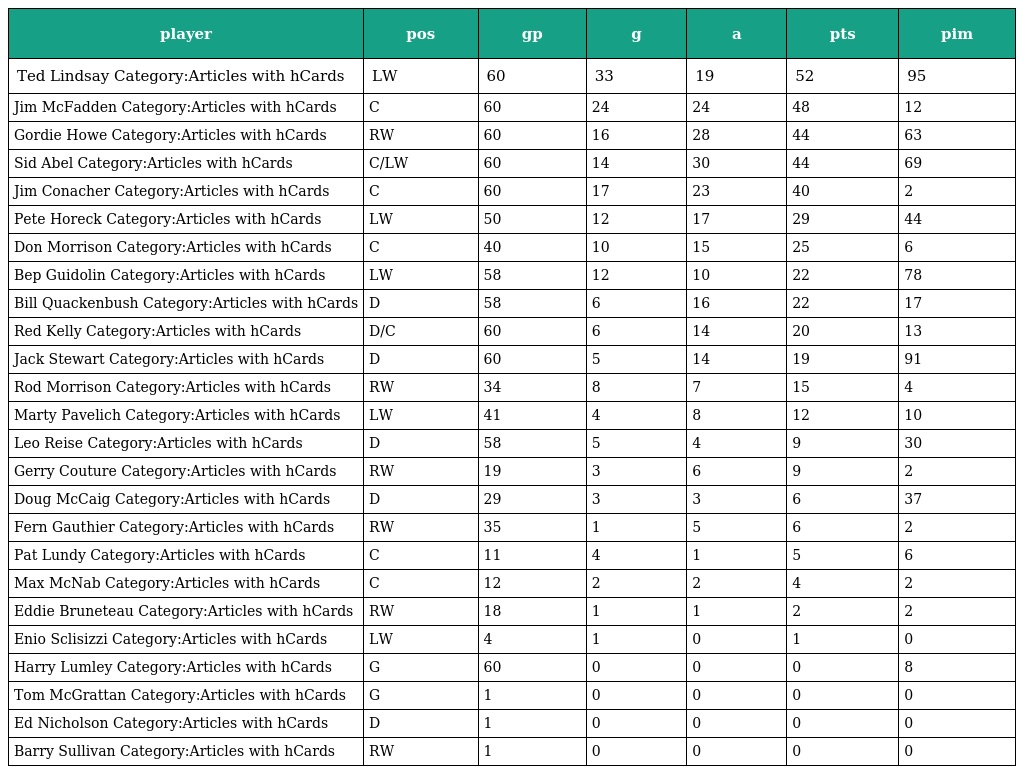
| player | pos | gp | g | a | pts | pim |
 | --- | --- | --- | --- | --- | --- | --- |
 | Ted Lindsay Category:Articles with hCards | LW | 60 | 33 | 19 | 52 | 95 |
 | Jim McFadden Category:Articles with hCards | C | 60 | 24 | 24 | 48 | 12 |
 | Gordie Howe Category:Articles with hCards | RW | 60 | 16 | 28 | 44 | 63 |
 | Sid Abel Category:Articles with hCards | C/LW | 60 | 14 | 30 | 44 | 69 |
 | Jim Conacher Category:Articles with hCards | C | 60 | 17 | 23 | 40 | 2 |
 | Pete Horeck Category:Articles with hCards | LW | 50 | 12 | 17 | 29 | 44 |
 | Don Morrison Category:Articles with hCards | C | 40 | 10 | 15 | 25 | 6 |
 | Bep Guidolin Category:Articles with hCards | LW | 58 | 12 | 10 | 22 | 78 |
 | Bill Quackenbush Category:Articles with hCards | D | 58 | 6 | 16 | 22 | 17 |
 | Red Kelly Category:Articles with hCards | D/C | 60 | 6 | 14 | 20 | 13 |
 | Jack Stewart Category:Articles with hCards | D | 60 | 5 | 14 | 19 | 91 |
 | Rod Morrison Category:Articles with hCards | RW | 34 | 8 | 7 | 15 | 4 |
 | Marty Pavelich Category:Articles with hCards | LW | 41 | 4 | 8 | 12 | 10 |
 | Leo Reise Category:Articles with hCards | D | 58 | 5 | 4 | 9 | 30 |
 | Gerry Couture Category:Articles with hCards | RW | 19 | 3 | 6 | 9 | 2 |
 | Doug McCaig Category:Articles with hCards | D | 29 | 3 | 3 | 6 | 37 |
 | Fern Gauthier Category:Articles with hCards | RW | 35 | 1 | 5 | 6 | 2 |
 | Pat Lundy Category:Articles with hCards | C | 11 | 4 | 1 | 5 | 6 |
 | Max McNab Category:Articles with hCards | C | 12 | 2 | 2 | 4 | 2 |
 | Eddie Bruneteau Category:Articles with hCards | RW | 18 | 1 | 1 | 2 | 2 |
 | Enio Sclisizzi Category:Articles with hCards | LW | 4 | 1 | 0 | 1 | 0 |
 | Harry Lumley Category:Articles with hCards | G | 60 | 0 | 0 | 0 | 8 |
 | Tom McGrattan Category:Articles with hCards | G | 1 | 0 | 0 | 0 | 0 |
 | Ed Nicholson Category:Articles with hCards | D | 1 | 0 | 0 | 0 | 0 |
 | Barry Sullivan Category:Articles with hCards | RW | 1 | 0 | 0 | 0 | 0 |